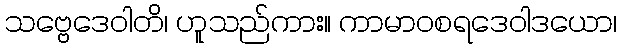
သဗ္ဗေဒေဝါတိ၊ ဟူသည်ကား။ ကာမာဝစရဒေဝါဒယော၊